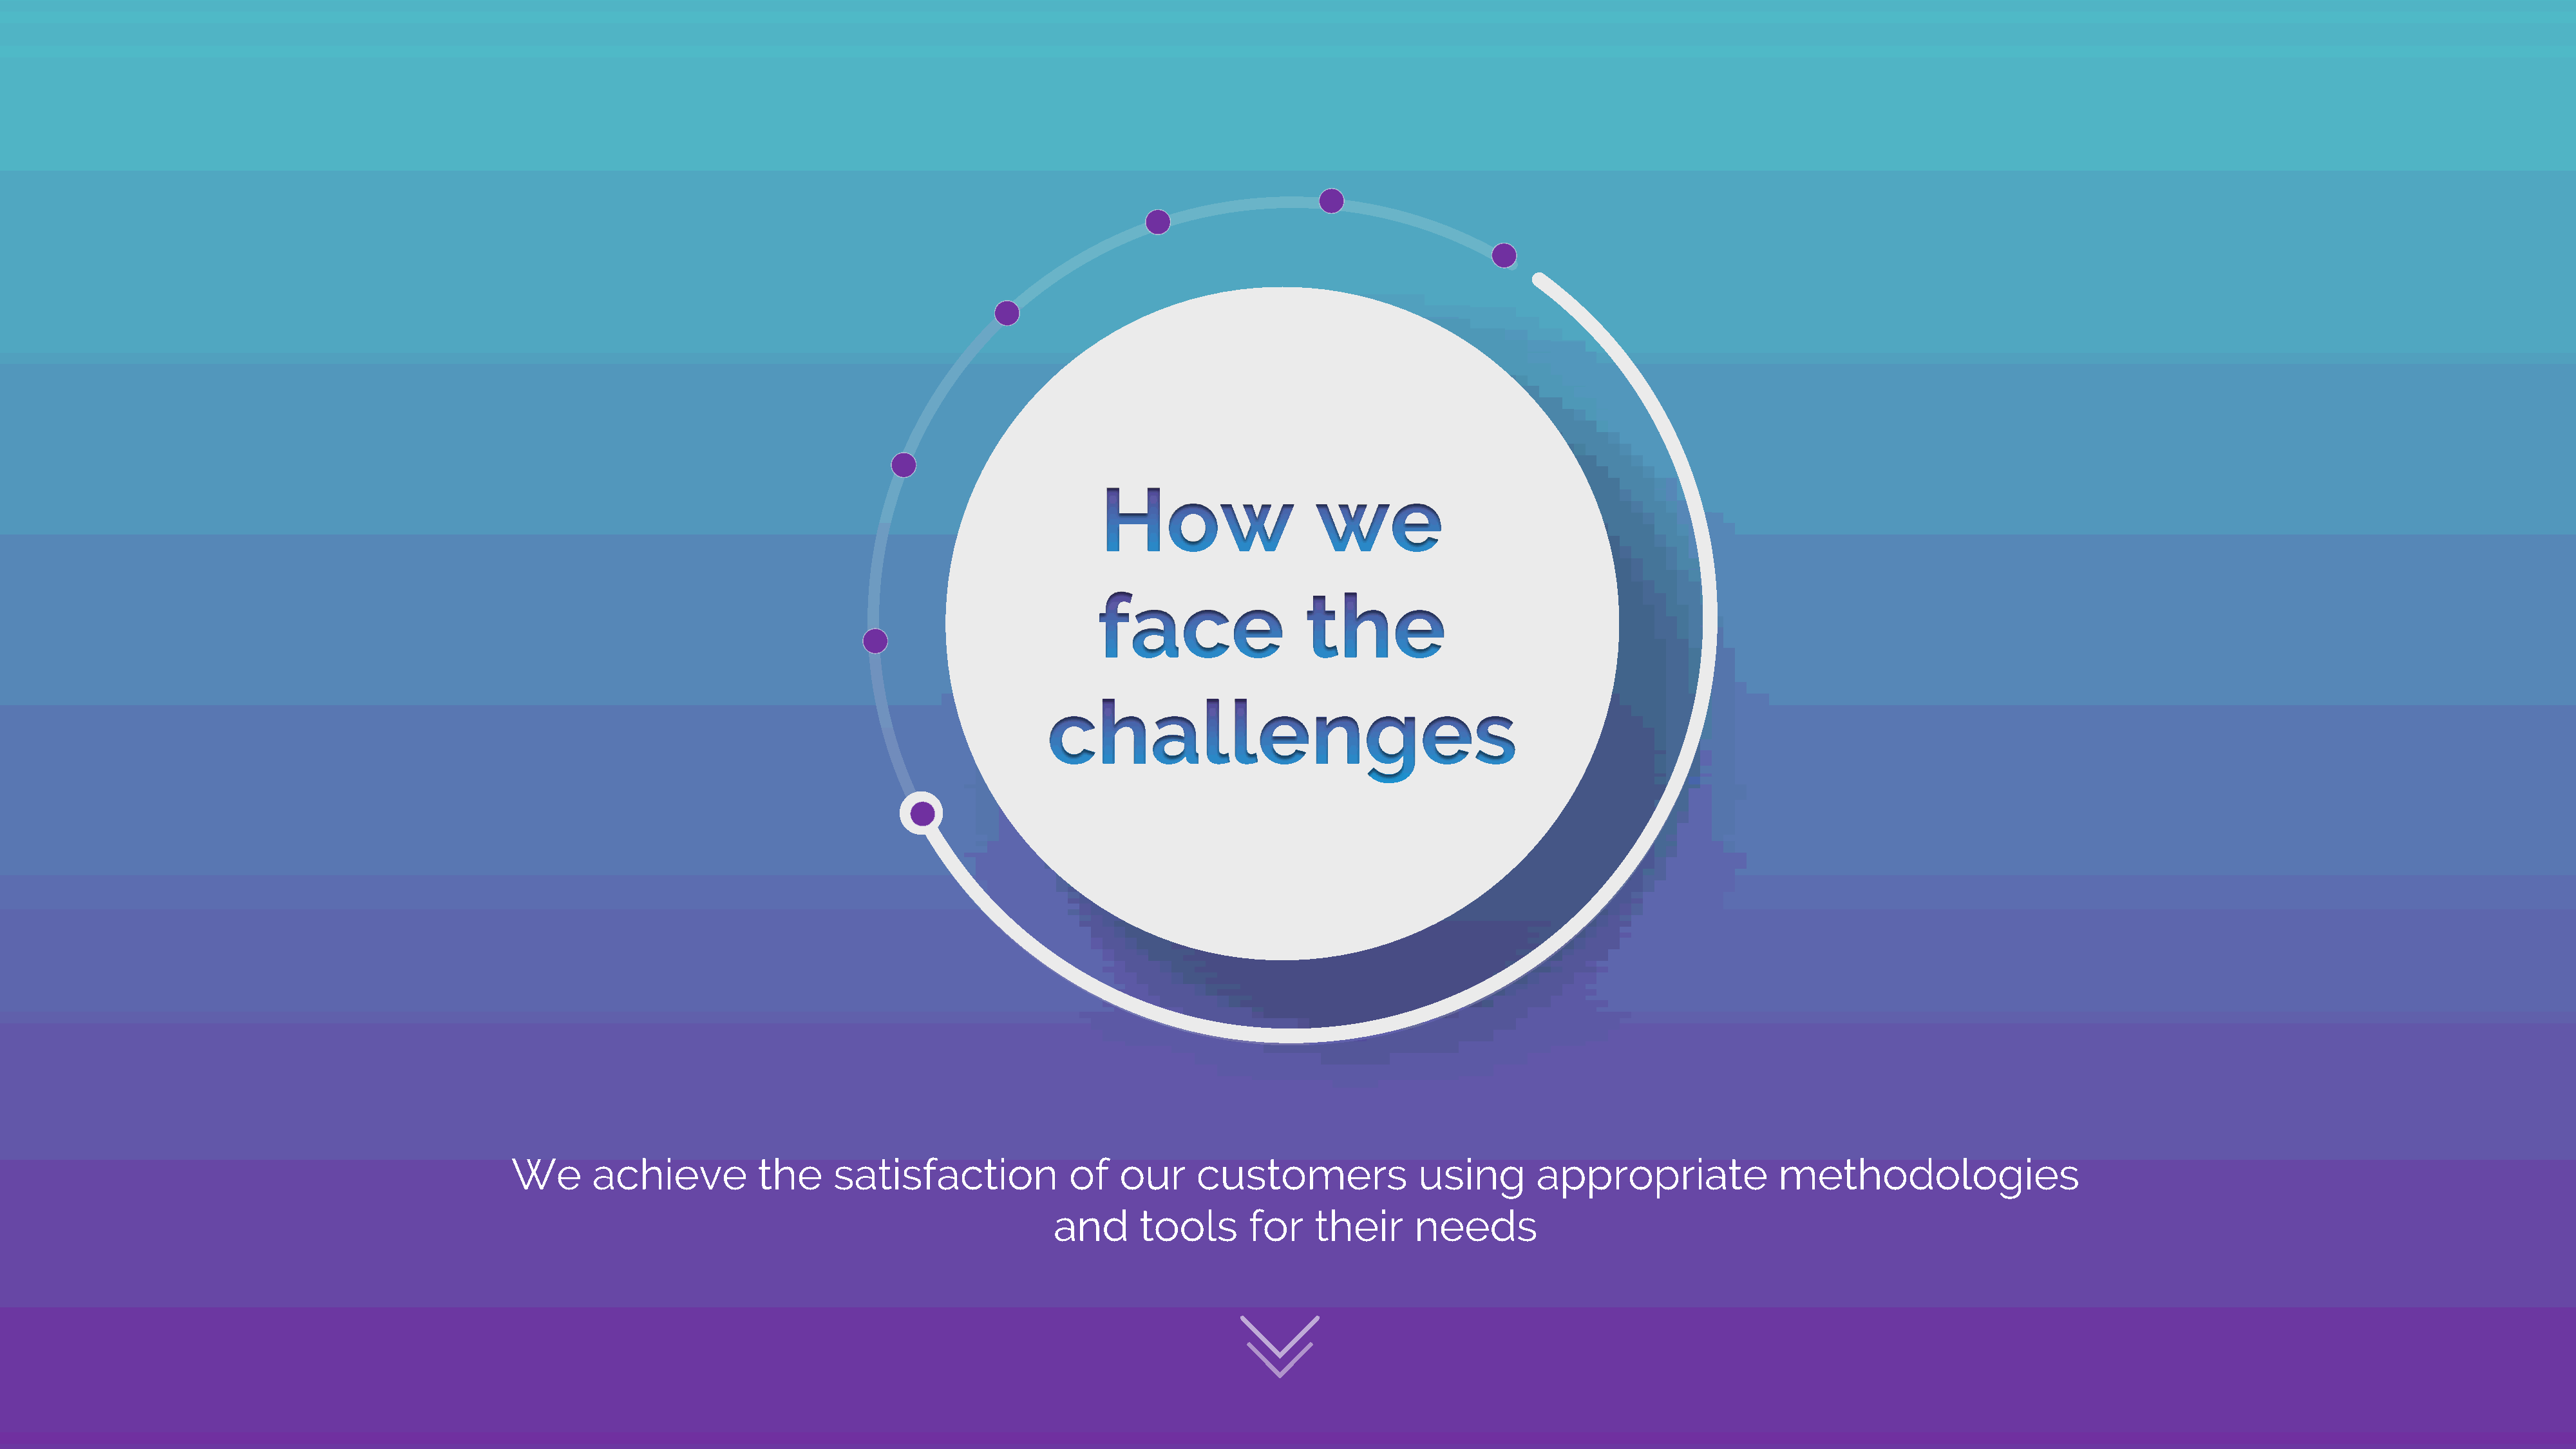
We      achieve          the     satisfaction            of   our     customers              using       appropriate              methodologies
 and      tools      for    their     needs